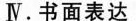
Ⅳ.书面表达